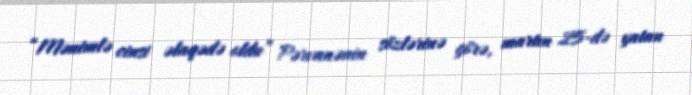
“Mənimlə cinsi əlaqədə oldu” Pərvanənin sözlərinə görə, martın 25-də yatan